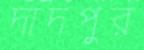
দাদপুর